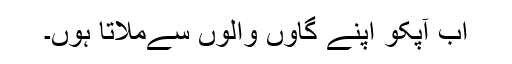
اب آپکو اپنے گاوں والوں سےملاتا ہوں۔